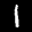
Label: 1